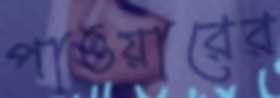
পাওয়ারের